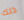
ذلك